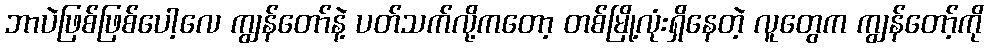
ဘာပဲဖြစ်ဖြစ်ပေါ့လေ ကျွန်တော်နဲ့ ပတ်သက်လို့ကတော့ တစ်မြို့လုံးရှိနေတဲ့ လူတွေက ကျွန်တော့်ကို